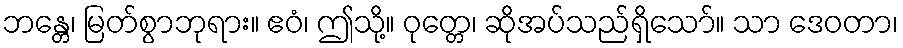
ဘန္တေ၊ မြတ်စွာဘုရား။ ဧဝံ၊ ဤသို့။ ဝုတ္တေ၊ ဆိုအပ်သည်ရှိသော်။ သာ ဒေဝတာ၊